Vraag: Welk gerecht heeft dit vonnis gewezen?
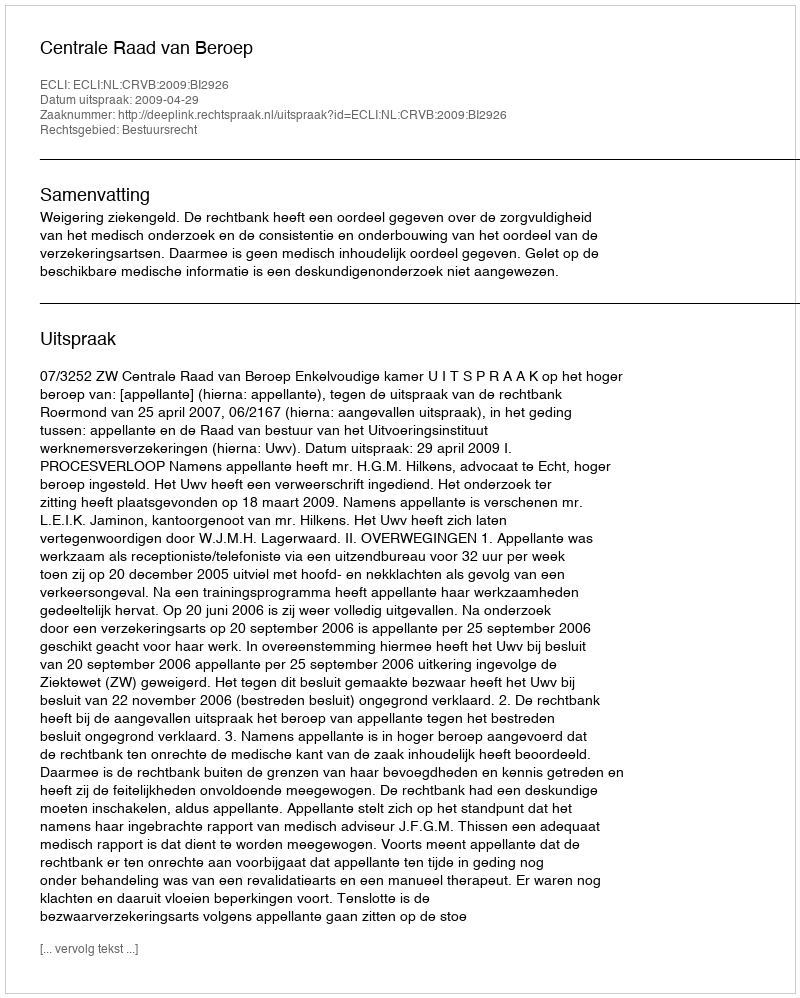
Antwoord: Centrale Raad van Beroep